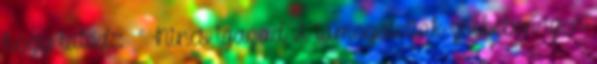
hogy látod:: ” Nincs igazad A támogatottak zsebében igen